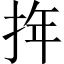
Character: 𢬧